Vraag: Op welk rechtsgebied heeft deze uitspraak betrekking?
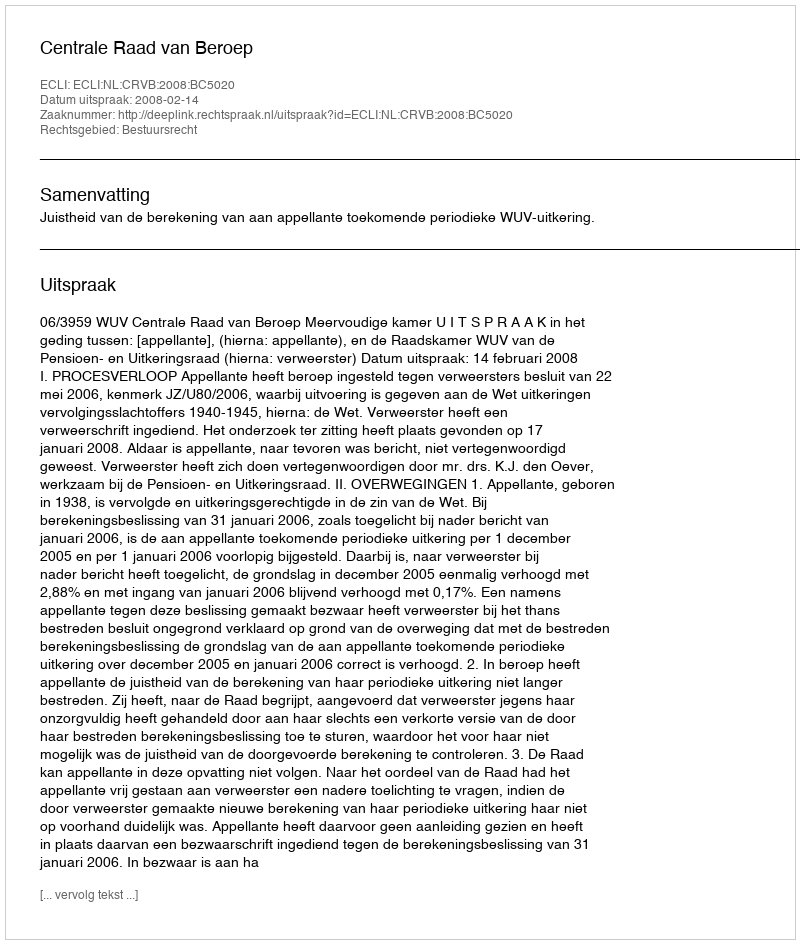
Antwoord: Bestuursrecht